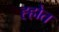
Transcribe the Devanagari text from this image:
ह्होत